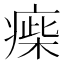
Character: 㾹